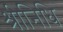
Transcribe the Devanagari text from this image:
श्रीनिधि